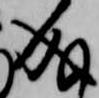
成